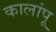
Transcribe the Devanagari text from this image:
कालांपू